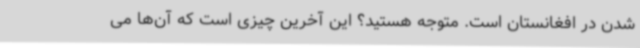
شدن در افغانستان است. متوجه هستید؟ این آخرین چیزی است که آن‌ها می